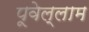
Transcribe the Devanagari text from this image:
पूवेल्लाम